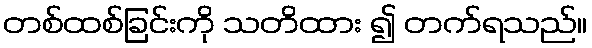
တစ်ထစ်ခြင်းကို သတိထား ၍ တက်ရသည်။